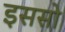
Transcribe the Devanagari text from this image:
इससो